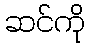
ဆင်ကို